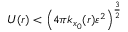
U ( r ) < \left( 4 \pi k _ { x _ { 0 } } ( r ) \varepsilon ^ { 2 } \right) ^ { \frac { 3 } { 2 } }